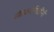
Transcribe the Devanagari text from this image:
संतकवयित्रींनी